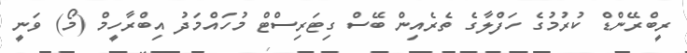
ރީބްރޭންޑް ކުރުމުގެ ހަފްލާގެ ތެރެއިން ބޭސް ގިޓަރިސްޓް މުހައްމަދު އިބްރާހީމް (މޯ) ވަނީ